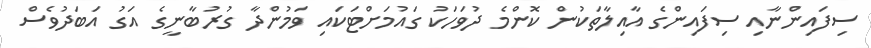
ސިފައިންނާއި ސިފައިންގެ އާއިލާތަކުން ކޮންމެ ދުވަހަކު ގައުމަށްޓަކައި ވަމުންދާ ގުރުބާނީގެ އަގު އަބަދުވެސް